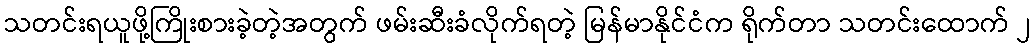
သတင်းရယူဖို့ကြိုးစားခဲ့တဲ့အတွက် ဖမ်းဆီးခံလိုက်ရတဲ့ မြန်မာနိုင်ငံက ရိုက်တာ သတင်းထောက် ၂